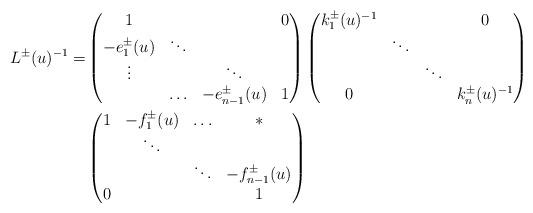
LaTeX: \begin{align*}L^{\pm}(u)^{-1}=&\begin{pmatrix}1&&&0\\-e_{1}^{\pm}(u)&\ddots\\\vdots&&\ddots\\*&\ldots&-e_{n-1}^{\pm}(u)&1\end{pmatrix}\begin{pmatrix}k_{1}^{\pm}(u)^{-1}&&&0\\&\ddots\\&&\ddots\\0&&&k_{n}^{\pm}(u)^{-1}\end{pmatrix}\\&\begin{pmatrix}1&-f_{1}^{\pm}(u)&\ldots&*\\&\ddots\\&&\ddots&-f_{n-1}^{\pm}(u)\\0&&&1\end{pmatrix}\end{align*}